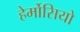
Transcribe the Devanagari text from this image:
हेर्मोसियो